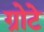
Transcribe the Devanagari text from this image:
ग्रोटे